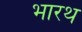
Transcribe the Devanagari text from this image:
भारथ